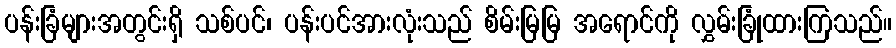
ပန်းခြံများအတွင်းရှိ သစ်ပင်၊ ပန်းပင်အားလုံးသည် စိမ်းမြမြ အရောင်ကို လွှမ်းခြုံထားကြသည်။